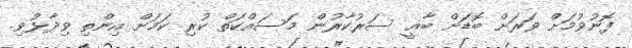
ފޮނުވުމަށް ވަރަށް ބޮޑަށް ބާޣީ ސަރުކާރުން މަސައްކަތް ކުރި ކަމަށް އިންތި ވިދާޅުވި.